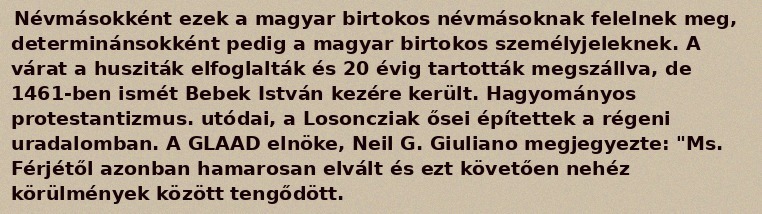
Névmásokként ezek a magyar birtokos névmásoknak felelnek meg, determinánsokként pedig a magyar birtokos személyjeleknek. A várat a husziták elfoglalták és 20 évig tartották megszállva, de 1461-ben ismét Bebek István kezére került. Hagyományos protestantizmus. utódai, a Losoncziak ősei építettek a régeni uradalomban. A GLAAD elnöke, Neil G. Giuliano megjegyezte: "Ms. Férjétől azonban hamarosan elvált és ezt követően nehéz körülmények között tengődött.